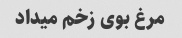
مرغ بوی زخم میداد